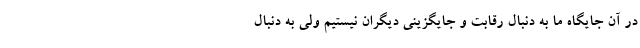
در آن جایگاه ما به دنبال رقابت و جایگزینی دیگران نیستیم ولی به دنبال